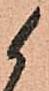
候